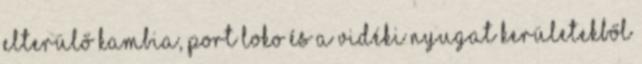
elterülő Kambia, Port Loko és a Vidéki Nyugat kerületekből